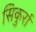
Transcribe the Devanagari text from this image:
सिकुर्रा